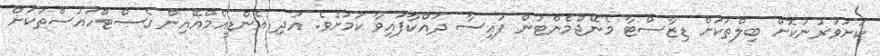
ކަށަވަރުނުކޮށް ބިލްތަކަށް ޑިޒާސްޓާ މެނޭޖްމެންޓުން ފައިސާ ދައްކާފައިވާ ކަމަށެވެ. އަދި އެންޑީއެމްއޭއިން ގެސްޓްހައުސްތަކަށް